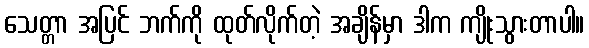
သေတ္တာ အပြင် ဘက်ကို ထုတ်လိုက်တဲ့ အချိန်မှာ ဒါက ကျိုးသွားတာပါ။